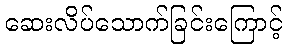
ဆေးလိပ်သောက်ခြင်းကြောင့်